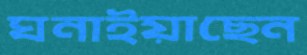
ঘনাইয়াছেন